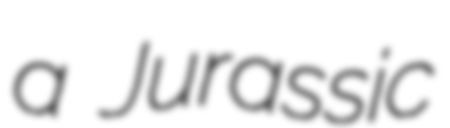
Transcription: a Jurassic